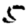
Digit: 5